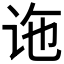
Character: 𫍟